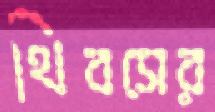
থিবসের